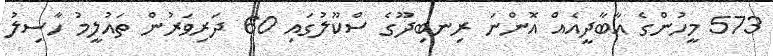
573 މީހުންގެ އާބާދީއެއް އޮންނަ ރިނބިދޫގެ ސްކޫލުގައި 60 ދަރިވަރުން ތައުލީމު ހާސިލު